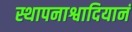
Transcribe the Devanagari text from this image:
स्थापनाश्वादियानं